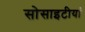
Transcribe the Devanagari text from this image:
सोसाइटीयां